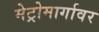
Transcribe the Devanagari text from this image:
मेट्रोमार्गावर